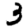
Digit: 3